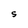
Character: S